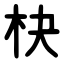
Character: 㭈